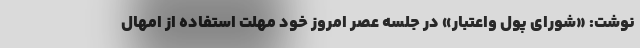
نوشت: «شورای پول واعتبار» در جلسه عصر امروز خود مهلت استفاده از امهال